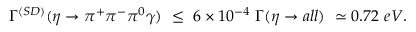
\Gamma ^ { ( S D ) } ( \eta \to \pi ^ { + } \pi ^ { - } \pi ^ { 0 } \gamma ) \ \le \ 6 \times 1 0 ^ { - 4 } \ \Gamma ( \eta \to a l l ) \ \simeq 0 . 7 2 \ e V .